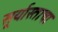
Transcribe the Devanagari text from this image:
सूर्यास्ताचा